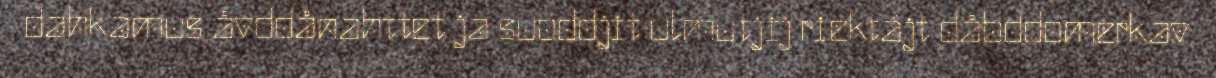
dahkamus åvddånahttet ja suoddjit ulmutjij riektájt dåbddomerkav